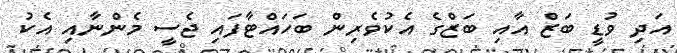
އަދި ވުޑީ ބަޒް އާއި ބަޒްގެ އެކުވެރިން ބަހައްޓާފައި ޖެސީ މެންނާއި އެކު